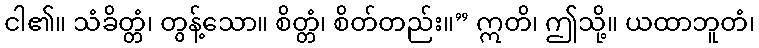
ငါ၏။ သံခိတ္တံ၊ တွန့်သော။ စိတ္တံ၊ စိတ်တည်း။” ဣတိ၊ ဤသို့။ ယထာဘူတံ၊